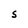
Character: S